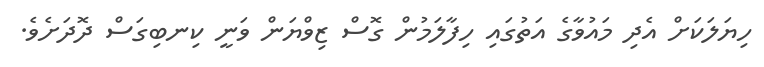
ހިޔަލަކަށް އެދި މައުވާގެ އަތުގައި ހިފާލަމުން ގޮސް ޒިވްޔަން ވަނީ ކިނބިގަސް ދޮދަށެވެ.